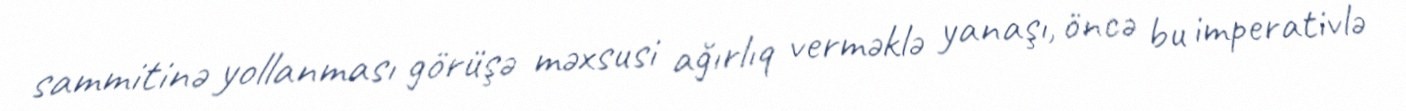
sammitinə yollanması görüşə məxsusi ağırlıq verməklə yanaşı, öncə bu imperativlə